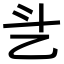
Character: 乧